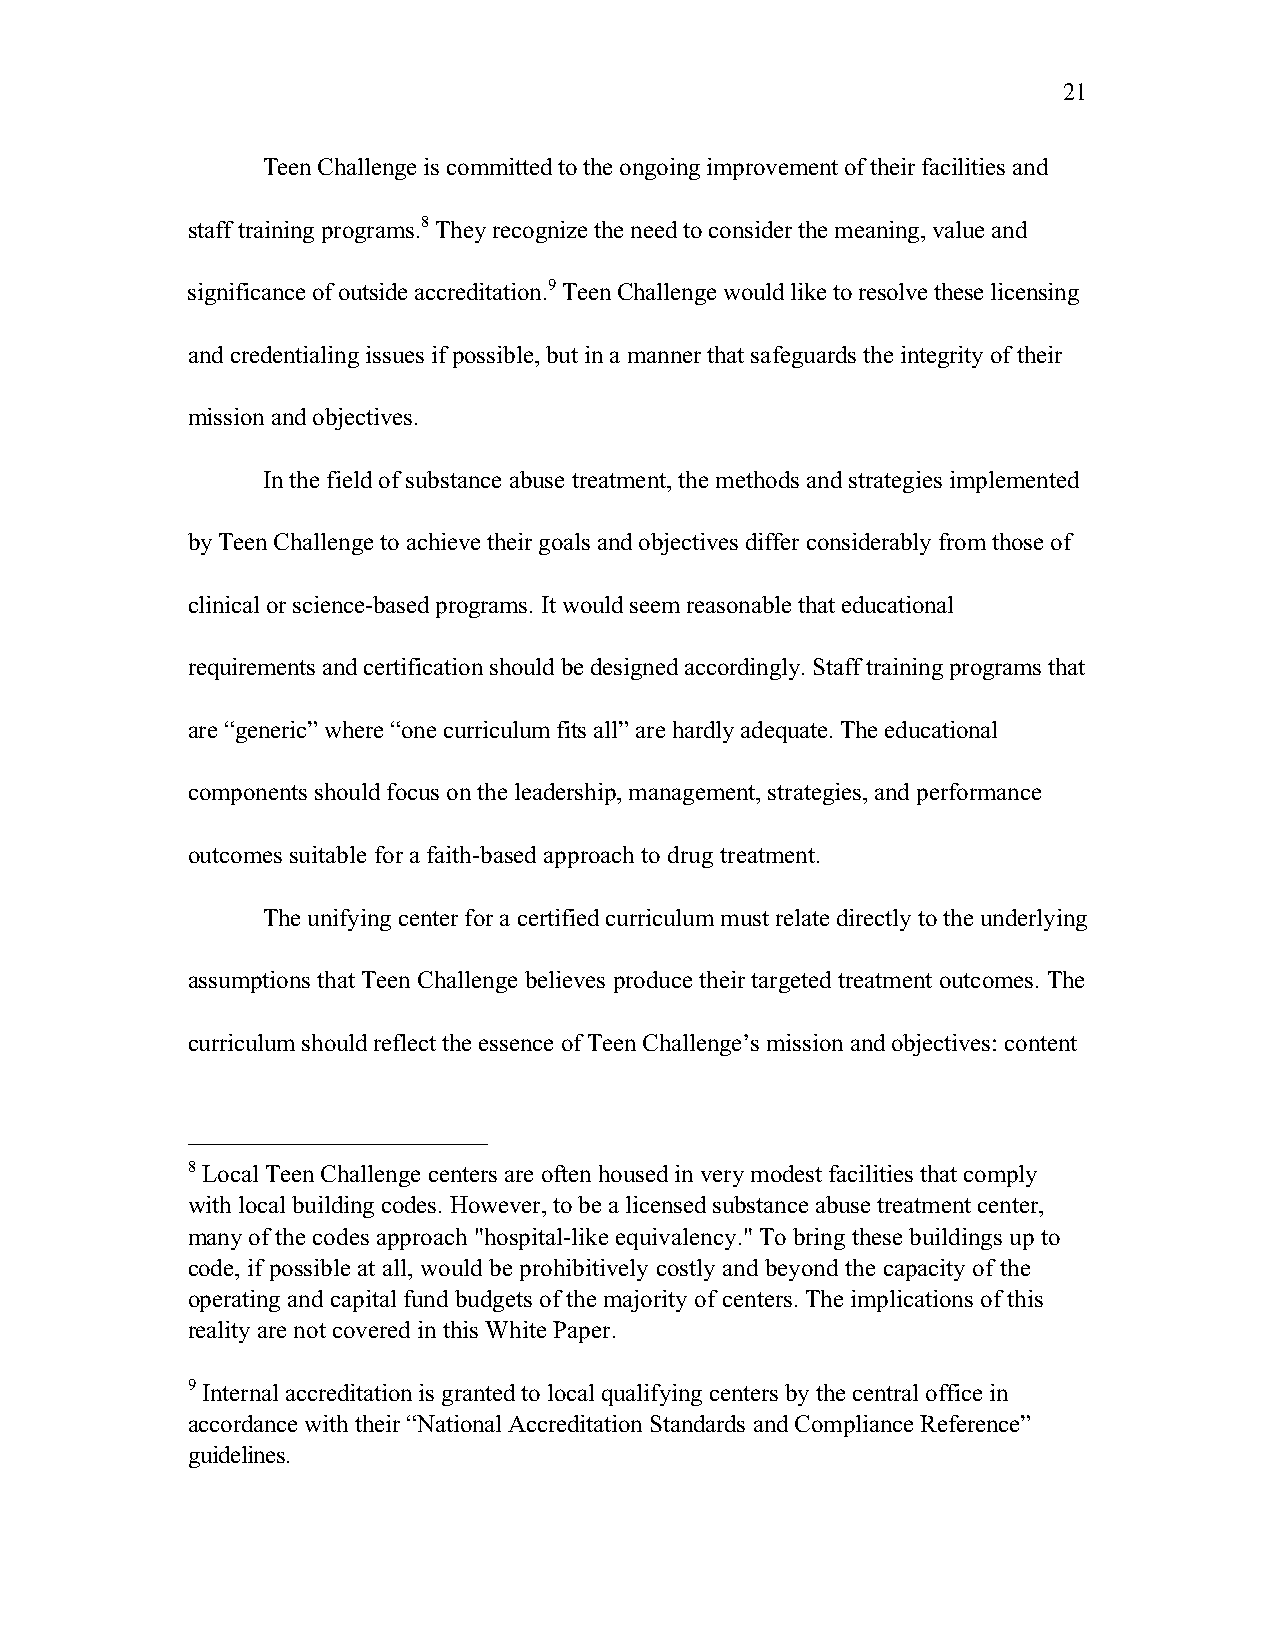
21
 Teen Challenge is committed to the ongoing improvement of their facilities and
 staff training programs.8 They recognize the need to consider the meaning, value and
 significance of outside accreditation.9 Teen Challenge would like to resolve these licensing
 and credentialing issues if possible, but in a manner that safeguards the integrity of their
 mission and objectives.
 In the field of substance abuse treatment, the methods and strategies implemented
 by Teen Challenge to achieve their goals and objectives differ considerably from those of
 clinical or science-based programs. It would seem reasonable that educational
 requirements and certification should be designed accordingly. Staff training programs that
 are “generic” where “one curriculum fits all” are hardly adequate. The educational
 components should focus on the leadership, management, strategies, and performance
 outcomes suitable for a faith-based approach to drug treatment.
 The unifying center for a certified curriculum must relate directly to the underlying
 assumptions that Teen Challenge believes produce their targeted treatment outcomes. The
 curriculum should reflect the essence of Teen Challenge’s mission and objectives: content
 8 Local Teen Challenge centers are often housed in very modest facilities that comply
 with local building codes. However, to be a licensed substance abuse treatment center,
 many of the codes approach "hospital-like equivalency." To bring these buildings up to
 code, if possible at all, would be prohibitively costly and beyond the capacity of the
 operating and capital fund budgets of the majority of centers. The implications of this
 reality are not covered in this White Paper.
 9 Internal accreditation is granted to local qualifying centers by the central office in
 accordance with their “National Accreditation Standards and Compliance Reference”
 guidelines.